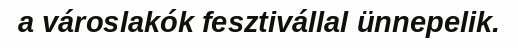
a városlakók fesztivállal ünnepelik.